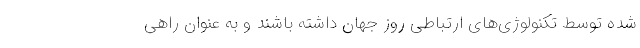
شده توسط تکنولوژی‌های ارتباطی روز جهان داشته باشند و به عنوان راهی